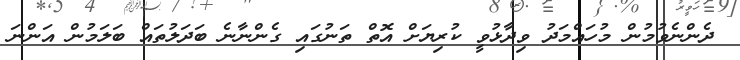
ދެންނެވުމުން މުހައްމަދު ވިދާޅުވީ ކުރިޔަށް އޮތް ތަނުގައި ގެންނާނެ ބަދަލުތައް ބަލަމުން އަންނަ